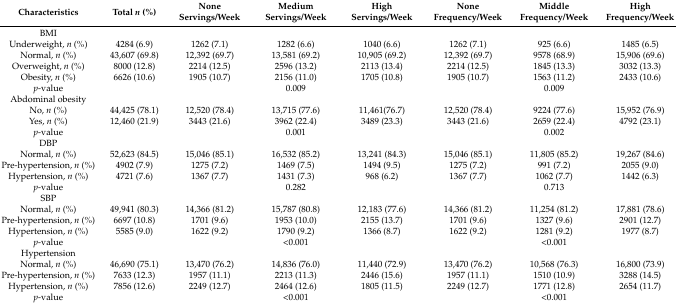
<table><thead><tr><td><b>Characteristics</b></td><td><b>Total <i>n</i> (%)</b></td><td><b>None Servings/Week</b></td><td><b>Medium Servings/Week</b></td><td><b>High Servings/Week</b></td><td><b>None Frequency/Week</b></td><td><b>Middle Frequency/Week</b></td><td><b>High Frequency/Week</b></td></tr></thead><tbody><tr><td>BMI</td><td></td><td></td><td></td><td></td><td></td><td></td><td></td></tr><tr><td>Underweight, <i>n</i> (%)</td><td>4284 (6.9)</td><td>1262 (7.1)</td><td>1282 (6.6)</td><td>1040 (6.6)</td><td>1262 (7.1)</td><td>925 (6.6)</td><td>1485 (6.5)</td></tr><tr><td>Normal, <i>n</i> (%)</td><td>43,607 (69.8)</td><td>12,392 (69.7)</td><td>13,581 (69.2)</td><td>10,905 (69.2)</td><td>12,392 (69.7)</td><td>9578 (68.9)</td><td>15,906 (69.6)</td></tr><tr><td>Overweight, <i>n</i> (%)</td><td>8000 (12.8)</td><td>2214 (12.5)</td><td>2596 (13.2)</td><td>2113 (13.4)</td><td>2214 (12.5)</td><td>1845 (13.3)</td><td>3032 (13.3)</td></tr><tr><td>Obesity, <i>n</i> (%)</td><td>6626 (10.6)</td><td>1905 (10.7)</td><td>2156 (11.0)</td><td>1705 (10.8)</td><td>1905 (10.7)</td><td>1563 (11.2)</td><td>2433 (10.6)</td></tr><tr><td><i>p</i>-value</td><td></td><td></td><td>0.009</td><td></td><td></td><td>0.009</td><td></td></tr><tr><td>Abdominal obesity</td><td></td><td></td><td></td><td></td><td></td><td></td><td></td></tr><tr><td>No, <i>n</i> (%)</td><td>44,425 (78.1)</td><td>12,520 (78.4)</td><td>13,715 (77.6)</td><td>11,461(76.7)</td><td>12,520 (78.4)</td><td>9224 (77.6)</td><td>15,952 (76.9)</td></tr><tr><td>Yes, <i>n</i> (%)</td><td>12,460 (21.9)</td><td>3443 (21.6)</td><td>3962 (22.4)</td><td>3489 (23.3)</td><td>3443 (21.6)</td><td>2659 (22.4)</td><td>4792 (23.1)</td></tr><tr><td><i>p</i>-value</td><td></td><td></td><td>0.001</td><td></td><td></td><td>0.002</td><td></td></tr><tr><td>DBP</td><td></td><td></td><td></td><td></td><td></td><td></td><td></td></tr><tr><td>Normal, <i>n</i> (%)</td><td>52,623 (84.5)</td><td>15,046 (85.1)</td><td>16,532 (85.2)</td><td>13,241 (84.3)</td><td>15,046 (85.1)</td><td>11,805 (85.2)</td><td>19,267 (84.6)</td></tr><tr><td>Pre-hypertension, <i>n</i> (%)</td><td>4902 (7.9)</td><td>1275 (7.2)</td><td>1469 (7.5)</td><td>1494 (9.5)</td><td>1275 (7.2)</td><td>991 (7.2)</td><td>2055 (9.0)</td></tr><tr><td>Hypertension, <i>n</i> (%)</td><td>4721 (7.6)</td><td>1367 (7.7)</td><td>1431 (7.3)</td><td>968 (6.2)</td><td>1367 (7.7)</td><td>1062 (7.7)</td><td>1442 (6.3)</td></tr><tr><td><i>p</i>-value</td><td></td><td></td><td>0.282</td><td></td><td></td><td>0.713</td><td></td></tr><tr><td>SBP</td><td></td><td></td><td></td><td></td><td></td><td></td><td></td></tr><tr><td>Normal, <i>n</i> (%)</td><td>49,941 (80.3)</td><td>14,366 (81.2)</td><td>15,787 (80.8)</td><td>12,183 (77.6)</td><td>14,366 (81.2)</td><td>11,254 (81.2)</td><td>17,881 (78.6)</td></tr><tr><td>Pre-hypertension, <i>n</i> (%)</td><td>6697 (10.8)</td><td>1701 (9.6)</td><td>1953 (10.0)</td><td>2155 (13.7)</td><td>1701 (9.6)</td><td>1327 (9.6)</td><td>2901 (12.7)</td></tr><tr><td>Hypertension, <i>n</i> (%)</td><td>5585 (9.0)</td><td>1622 (9.2)</td><td>1790 (9.2)</td><td>1366 (8.7)</td><td>1622 (9.2)</td><td>1281 (9.2)</td><td>1977 (8.7)</td></tr><tr><td><i>p</i>-value</td><td></td><td></td><td>&lt;0.001</td><td></td><td></td><td>&lt;0.001</td><td></td></tr><tr><td>Hypertension</td><td></td><td></td><td></td><td></td><td></td><td></td><td></td></tr><tr><td>Normal, <i>n</i> (%)</td><td>46,690 (75.1)</td><td>13,470 (76.2)</td><td>14,836 (76.0)</td><td>11,440 (72.9)</td><td>13,470 (76.2)</td><td>10,568 (76.3)</td><td>16,800 (73.9)</td></tr><tr><td>Pre-hypertension, <i>n</i> (%)</td><td>7633 (12.3)</td><td>1957 (11.1)</td><td>2213 (11.3)</td><td>2446 (15.6)</td><td>1957 (11.1)</td><td>1510 (10.9)</td><td>3288 (14.5)</td></tr><tr><td>Hypertension, <i>n</i> (%)</td><td>7856 (12.6)</td><td>2249 (12.7)</td><td>2464 (12.6)</td><td>1805 (11.5)</td><td>2249 (12.7)</td><td>1771 (12.8)</td><td>2654 (11.7)</td></tr><tr><td><i>p</i>-value</td><td></td><td></td><td>&lt;0.001</td><td></td><td></td><td>&lt;0.001</td><td></td></tr></tbody></table>